Oriental or Dehli sore - Number 13
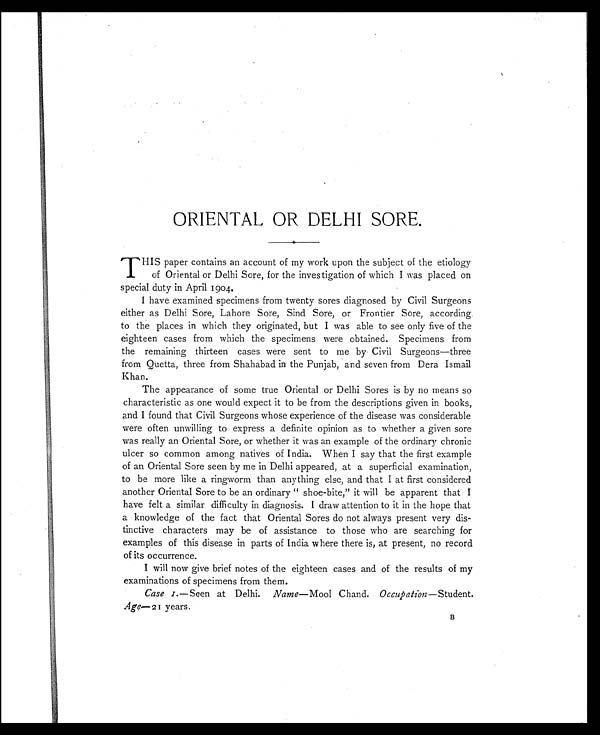
ORIENTAL OR DELHI SORE.
T HIS paper contains an account of my work upon the subject of the etiology
of Oriental or Delhi Sore, for the investigation of which I was placed on
special duty in April 1904.
I have examined specimens from twenty sores diagnosed by Civil Surgeons
either as Delhi Sore, Lahore Sore, Sind Sore, or Frontier Sore, according
to the places in which they originated, but I was able to see only five of the
eighteen cases from which the specimens were obtained. Specimens from
the remaining thirteen cases were sent to me by Civil Surgeons—three
from Quetta, three from Shahabad in the Punjab, and seven from Dera Ismail
Khan.
The appearance of some true Oriental or Delhi Sores is by no means so
characteristic as one would expect it to be from the descriptions given in books,
and I found that Civil Surgeons whose experience of the disease was considerable
were often unwilling to express a definite opinion as to whether a given sore
was really an Oriental Sore, or whether it was an example of the ordinary chronic
ulcer so common among natives of India. When I say that the first example
of an Oriental Sore seen by me in Delhi appeared, at a superficial examination,
to be more like a ringworm than anything else, and that I at first considered
another Oriental Sore to be an ordinary "shoe-bite," it will be apparent that I
have felt a similar difficulty in diagnosis. I draw attention to it in the hope that
a knowledge of the fact that Oriental Sores do not always present very dis-
tinctive characters may be of assistance to those who are searching for
examples of this disease in parts of India where there is, at present, no record
of its occurrence.
I will now give brief notes of the eighteen cases and of the results of my
examinations of specimens from them.
Case 1.—Seen at Delhi. Name—Mool Chand. Occupation —Student.
Age—21 years.
B